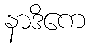
နာဒိကေ